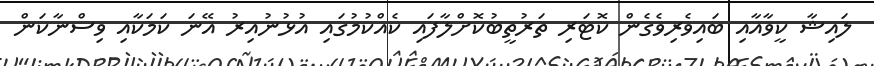
ލައިޝާ ކީވާއާއި ބައިވެރިވެގެން ކޮޓަރި ތަރުތީބުކޮށްލާފައި ކެއްކުމުގައި އުޅުނުއިރު އޭނަ ކަމަކާއި ވިސްނާކަން